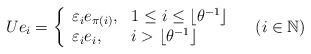
LaTeX: \begin{align*} U e_i = \left\{\begin{array}{ll} \varepsilon_i e_{\pi(i)}, & 1\leq i\leq \lfloor \theta^{-1} \rfloor\\ \varepsilon_i e_i, & i > \lfloor \theta^{-1} \rfloor \end{array} \right. \quad(i\in \mathbb N) \end{align*}